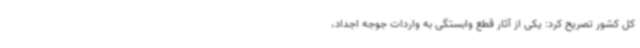
کل کشور تصریح کرد: یکی از آثار قطع وابستگی به واردات جوجه اجداد،